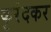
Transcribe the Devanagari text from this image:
कुरंदकर